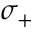
\sigma _ { + }